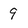
Character: 9